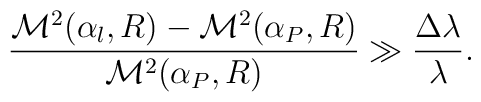
\frac{{\cal M}^2(\alpha_l,R)-{\cal M}^2		(\alpha_P,R)}{{\cal M}^2(\alpha_P,R)}	\gg		\frac{\Delta\lambda}{\lambda}.